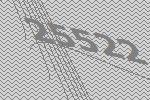
25522